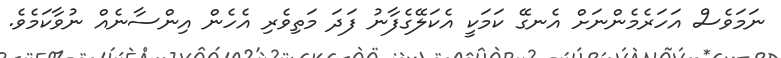
ނަމަވެސް އަހަރެމެންނަށް އެނގޭ ކަމަކީ އެކަލޭގެފާނު ފަދަ މަތިވެރި އެހެން އިންސާނެއް ނުވާކަމެވެ.